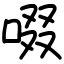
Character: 啜